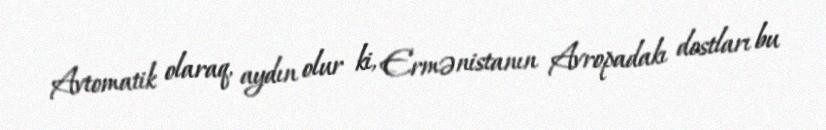
Avtomatik olaraq, aydın olur ki, Ermənistanın Avropadakı dostları bu